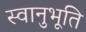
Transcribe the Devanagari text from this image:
स्‍वानुभूति